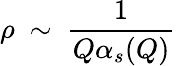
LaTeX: \rho~\sim~{\frac{1}{Q\alpha_{s}(Q)}}